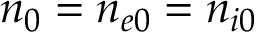
n _ { 0 } = n _ { e 0 } = n _ { i 0 }